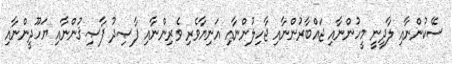
ސޭކުންނާއި ލާދީނީ މީހުންނާއި ޖައްބާރުންނާއި ޖާހިލުންނާއި އަނިޔާވެރި ވެރިންނާއި ފާޞިދު ފާޞިޤުންނާއި ޔަހޫދީންނާއި